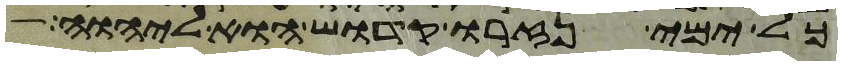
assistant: כל ימי נזרו קדוש הוא ליהוה